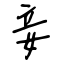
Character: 妾